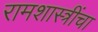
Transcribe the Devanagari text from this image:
रामशास्त्रींचा